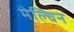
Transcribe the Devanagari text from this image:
मेल्चिन